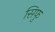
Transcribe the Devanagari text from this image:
सिफु